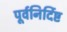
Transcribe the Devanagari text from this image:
पूर्वनिर्दिष्ट